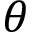
\theta